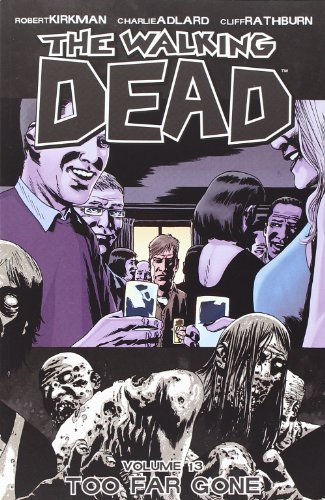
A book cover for The Walking Dead, Vol. 13: Too Far Gone; Robert Kirkman; Comics & Graphic Novels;